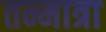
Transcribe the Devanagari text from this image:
तन्मात्रा